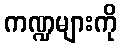
ကဏ္ဍများကို